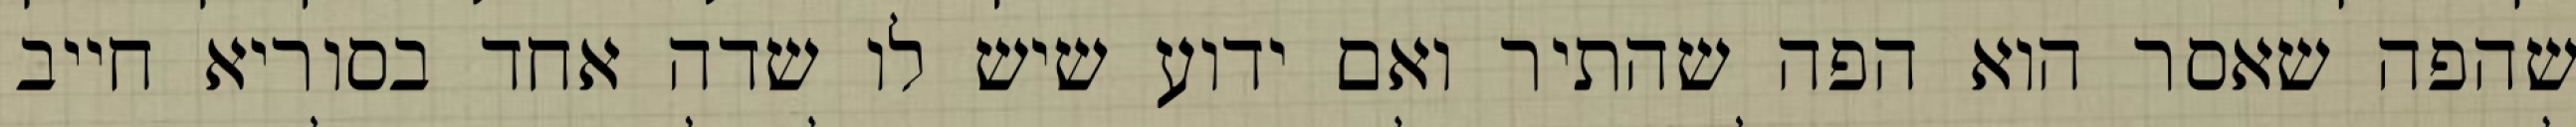
שהפה שאסר הוא הפה שהתיר ואם ידוע שיש לו שדה אחד בסוריא חייב